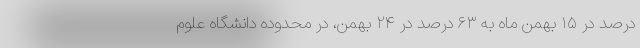
درصد در ۱۵ بهمن ماه به ۶۳ درصد در ۲۴ بهمن، در محدوده دانشگاه علوم